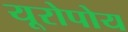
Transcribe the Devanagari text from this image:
यूरोपोय